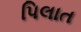
પિલાત